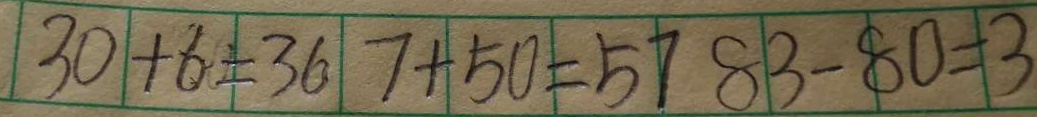
3 0 + 6 = 3 6 7 + 5 0 = 5 7 8 3 - 8 0 = 3